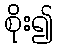
စိုး၍